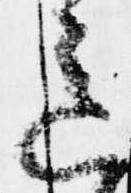
意